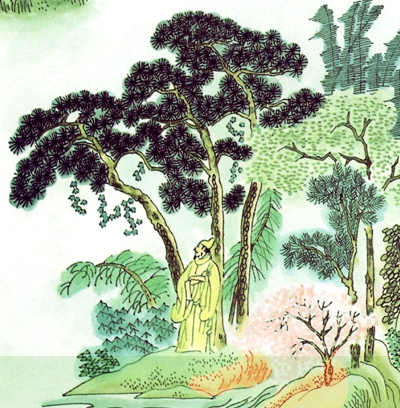
春风知别苦，不遣柳条青。